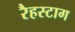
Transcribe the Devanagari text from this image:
रैहस्टाग